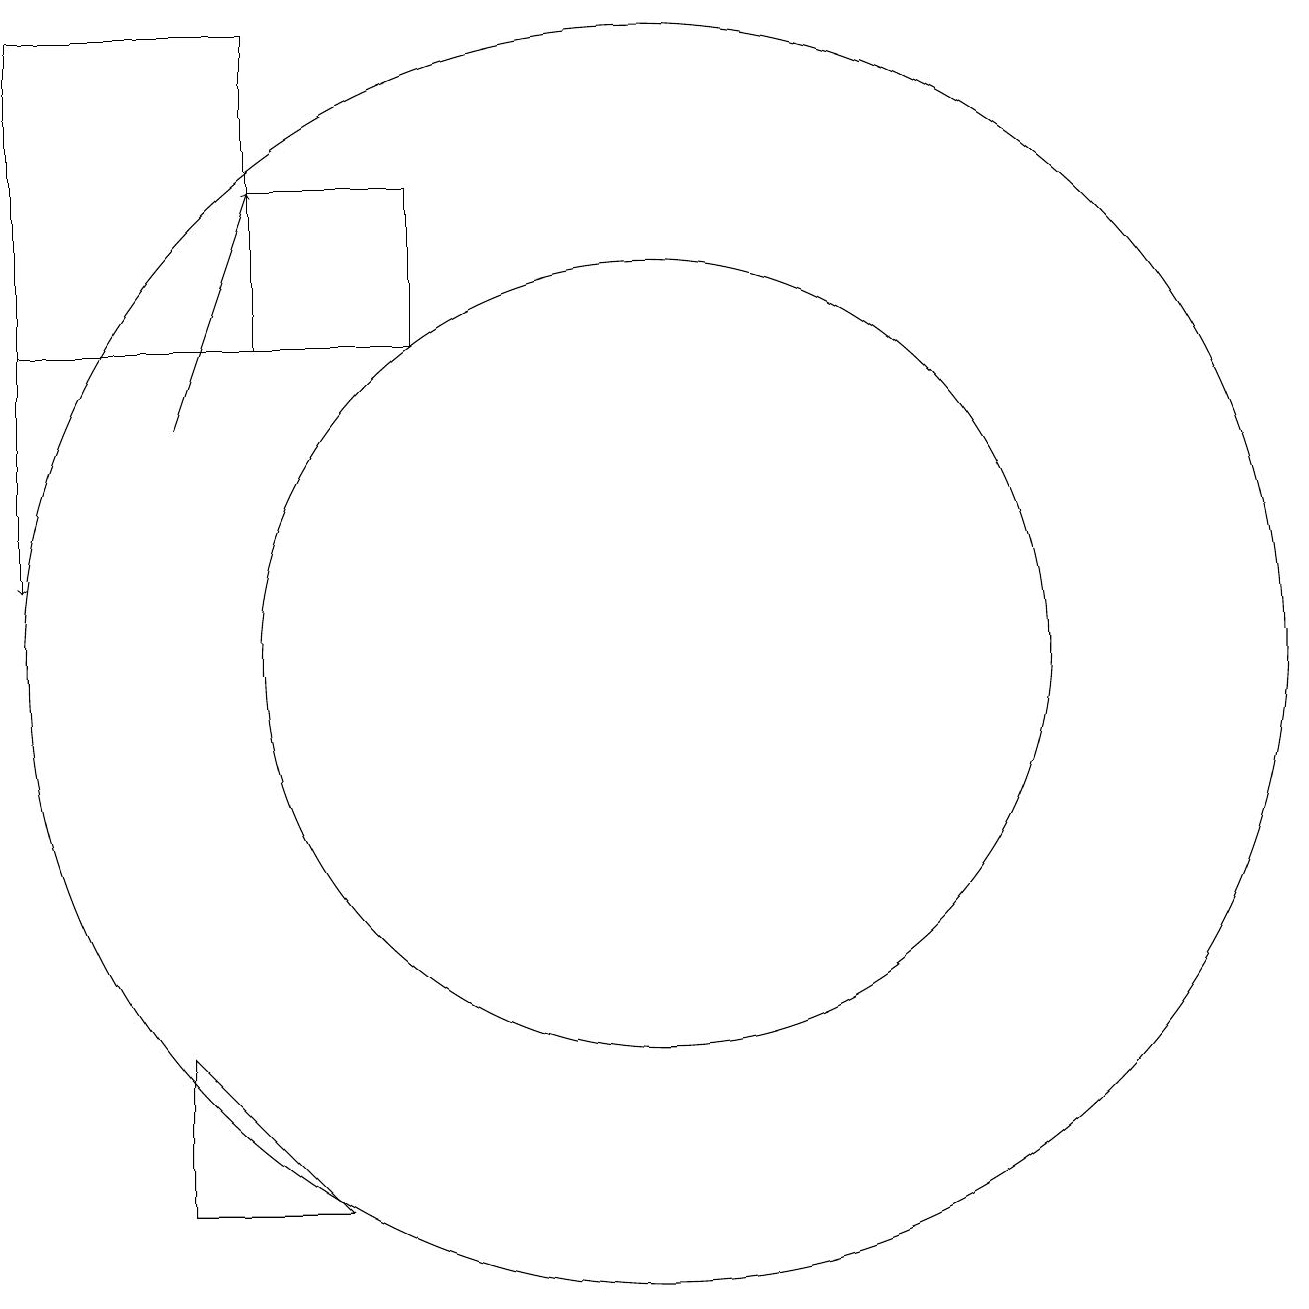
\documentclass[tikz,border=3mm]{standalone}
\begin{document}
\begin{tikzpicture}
\draw (11,11) circle (5);
\draw[->] (5,14) -- (6,17);
\draw[->] (3,15) -- (3,12);
\draw (5,4) -- (5,6) -- (7,4) -- cycle;
\draw (11,11) circle (8);
\draw (6,17) rectangle (8,15);
\draw (3,15) rectangle (6,19);
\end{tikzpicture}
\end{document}